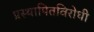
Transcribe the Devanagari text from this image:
प्रस्थापितविरोधी